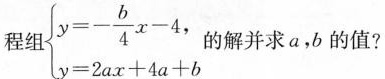
程组 $$\begin {cases}